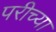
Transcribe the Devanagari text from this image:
परीच्या